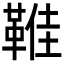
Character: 𩋔